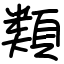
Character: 類